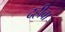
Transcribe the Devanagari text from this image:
दहीबा